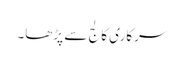
سرکاری کالج سے پڑھا۔